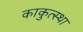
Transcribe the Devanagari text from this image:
काकुत्स्था